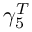
\gamma _ { 5 } ^ { T }